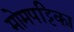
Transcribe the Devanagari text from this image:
मोमपट्टिका